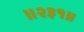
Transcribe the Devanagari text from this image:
॥२३१॥